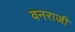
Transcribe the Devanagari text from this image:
वनराजी